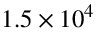
1 . 5 \times 1 0 ^ { 4 }